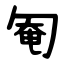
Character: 匎